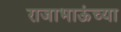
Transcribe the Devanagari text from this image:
राजाभाऊंच्या